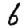
Digit: 6